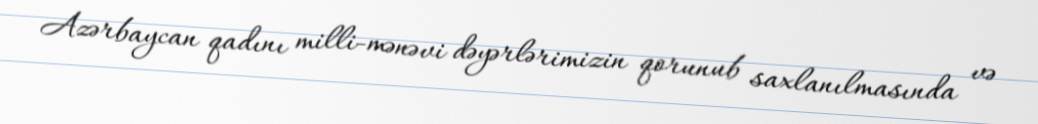
Azərbaycan qadını milli-mənəvi dəyərlərimizin qorunub saxlanılmasında və